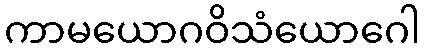
ကာမယောဂဝိသံယောဂေါ